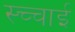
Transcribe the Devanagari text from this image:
स्च्चाई